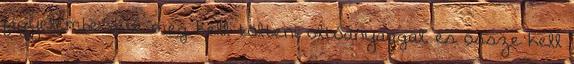
figyelembe véve meg kell tölteni oltóanyaggal, és össze kell